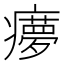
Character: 𤻟